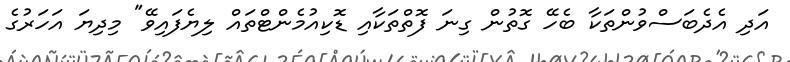
އަދި އެދެބަސްވުންތަކާ ބެހޭ ގޮތުން ގިނަ ފޮތްތަކާއި ޑޮކިއުމެންޓްތައް ލިޔެފައިވޭ" މިދިޔަ އަހަރުގެ